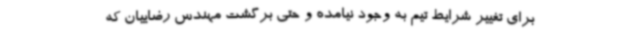
برای تغییر شرایط تیم به‌ وجود نیامده و حتی برگشت مهندس رضاییان که